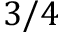
3 / 4